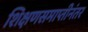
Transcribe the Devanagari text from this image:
शिक्षणसमाप्तीनंतर